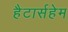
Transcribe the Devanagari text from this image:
हैटार्सहेम